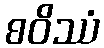
စဝိဿံ